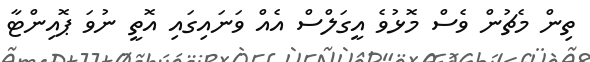
ތިން މެޗުން ވެސް މޮޅުވެ އީގަލްސް އެއް ވަނައިގައި އޮތީ ނުވަ ޕޮއިންޓާ